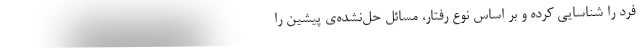
فرد را شناسایی کرده و بر اساس نوع رفتار، مسائل حل‌نشده‌ی پیشین را